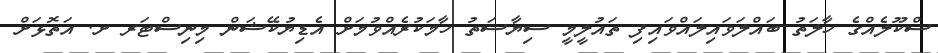
ސްކޫލެއްގެ ހާލަތު ބައްލަވައިލައްވައިފި ތައުލީމީ ސިޔާސަތު ހާމަކުރެއްވުމަށް އެޑިޔުކޭޝަން މިނިސްޓަރ ށ. އަތޮޅަށް